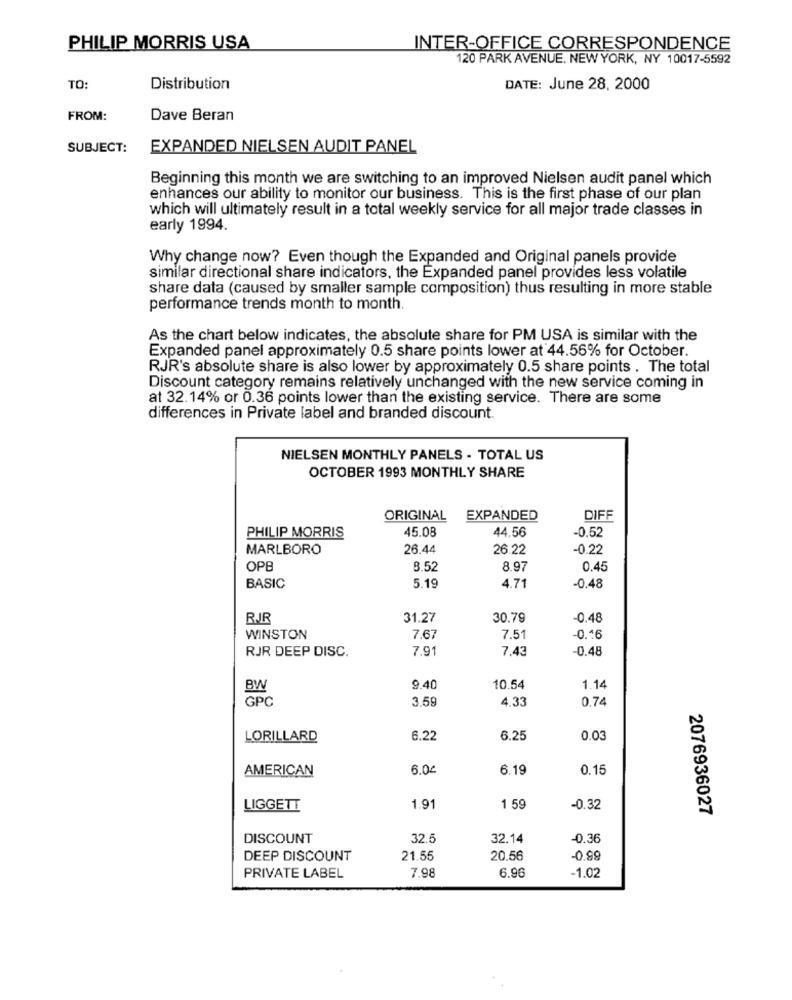
PHILIP MORRIS USA
INTER-OFFICE CORRESPONDENCE
120 PARK AVENUE, NEW YORK, NY 10017-5592
TO:
Distribution
DATE: June 28, 2000
FROM:
Dave Beran
SUBJECT:
EXPANDED NIELSEN AUDIT PANEL
Beginning this month we are switching to an improved Nielsen audit panel which
enhances our ability to monitor our business. This is the first phase of our plan
which will ultimately result in a total weekly service for all major trade classes in
early 1994.
Why change now? Even though the Expanded and Original panels provide
similar directional share indicators, the Expanded panel provides less volatile
share data (caused by smaller sample composition) thus resulting in more stable
performance trends month to month.
As the chart below indicates, the absolute share for PM USA is similar with the
Expanded panel approximately 0.5 share points lower at 44.56% for October.
RJR's absolute share is also lower by approximately 0.5 share points . The total
Discount category remains relatively unchanged with the new service coming in
at 32.14% or 0.36 points lower than the existing service. There are some
differences in Private label and branded discount.
NIELSEN MONTHLY PANELS - TOTAL US
OCTOBER 1993 MONTHLY SHARE
ORIGINAL
EXPANDED
DIFF
45.08
44.56
PHILIP MORRIS
-0.52
MARLBORO
26.44
26.22
-0.22
OPB
8.52
8.97
0.45
BASIC
5.19
4.71
-0.48
RJR
31.27
30.79
-0,48
WINSTON
7.67
7.51
0.^6
RJR DEEP DISC.
7.9
7.43
-0.48
BW
9.40
10.54
1.14
GPC
3.59
4.33
0,74
LORILLARD
6.22
6.25
0.03
AMERICAN
6.04
6.19
0.15
LIGGETT
1.91
1 59
-0.32
2076936027
DISCOUNT
32.5
32.14
-0.36
68'0-
DEEP DISCOUNT
21.55
20.56
7.98
6.96
PRIVATE LABEL
-1.02